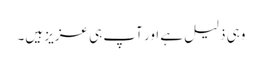
وہی ذلیل ہے اور آپ ہی عزیز ہیں۔